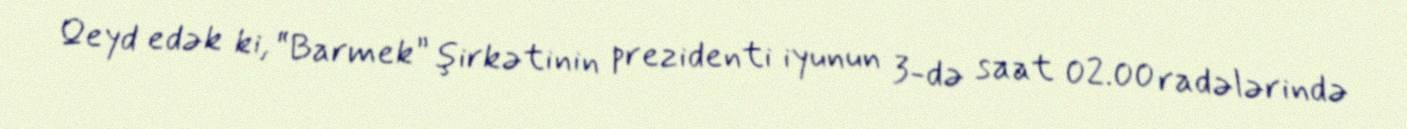
Qeyd edək ki, “Barmek” şirkətinin prezidenti iyunun 3-də saat 02.00 radələrində